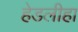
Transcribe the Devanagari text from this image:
हेडलीहा